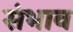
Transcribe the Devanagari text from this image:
संभाव